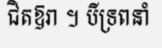
ជិតឱរា ។ បីទ្រពនាំ